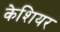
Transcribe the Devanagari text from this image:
केशियर